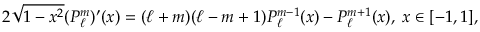
2 \sqrt { 1 - x ^ { 2 } } ( P _ { \ell } ^ { m } ) ^ { \prime } ( x ) = ( \ell + m ) ( \ell - m + 1 ) P _ { \ell } ^ { m - 1 } ( x ) - P _ { \ell } ^ { m + 1 } ( x ) , \; x \in [ - 1 , 1 ] ,